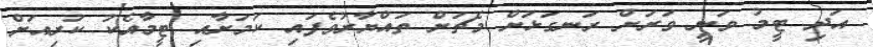
އަދި ޓީމު ވަނީ ވަރަށް ރަނގަޅަށް މެޗަށް ތައްޔާރުވެފައި ކަމަށާއި ޓީމާއެކު ކުރިއަށް